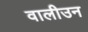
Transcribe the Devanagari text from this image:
वालीउन